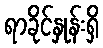
ရာခိုင်နှုန်းရှိ